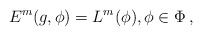
\begin{align*}E^m(g, \phi) = L^m(\phi), \phi \in \Phi\,, \end{align*}